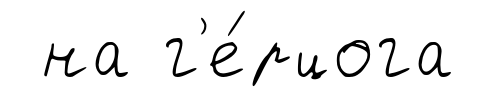
на г'е́рцога